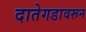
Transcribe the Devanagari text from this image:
दातेगडावरून